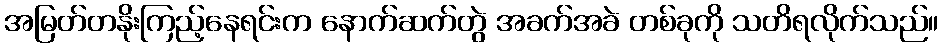
အမြတ်တနိုးကြည့်နေရင်းက နောက်ဆက်တွဲ အခက်အခဲ တစ်ခုကို သတိရလိုက်သည်။